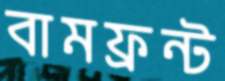
বামফ্রন্ট